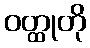
ဝတ္ထုတို